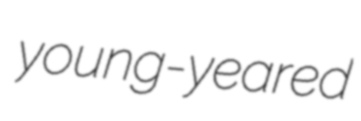
young-yeared